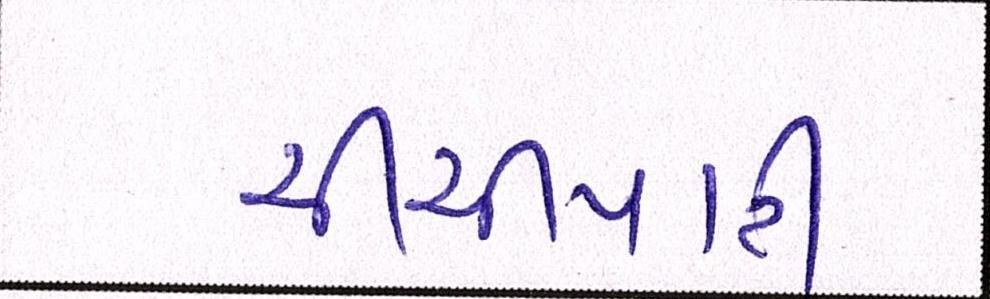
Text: ચીચીયારી